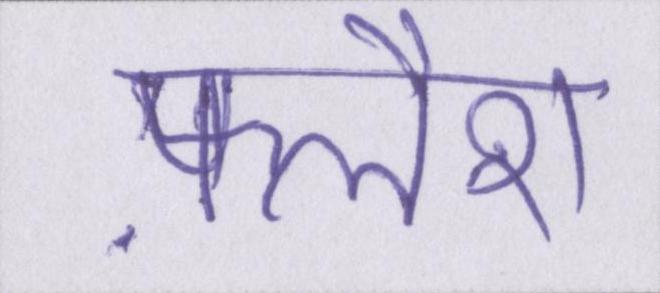
फ़्लैश